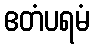
ဧတံပရမံ